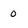
Character: 0